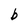
Character: b